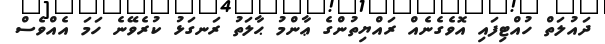
ދައުލަތް ހުއްޓިފައި އޮވެގެނެއް ރައްޔިތުންގެ ޢާންމު ޙާލަތު ރަނގަޅު ކުރެވޭނެ ހަމަ އެއްވެސް